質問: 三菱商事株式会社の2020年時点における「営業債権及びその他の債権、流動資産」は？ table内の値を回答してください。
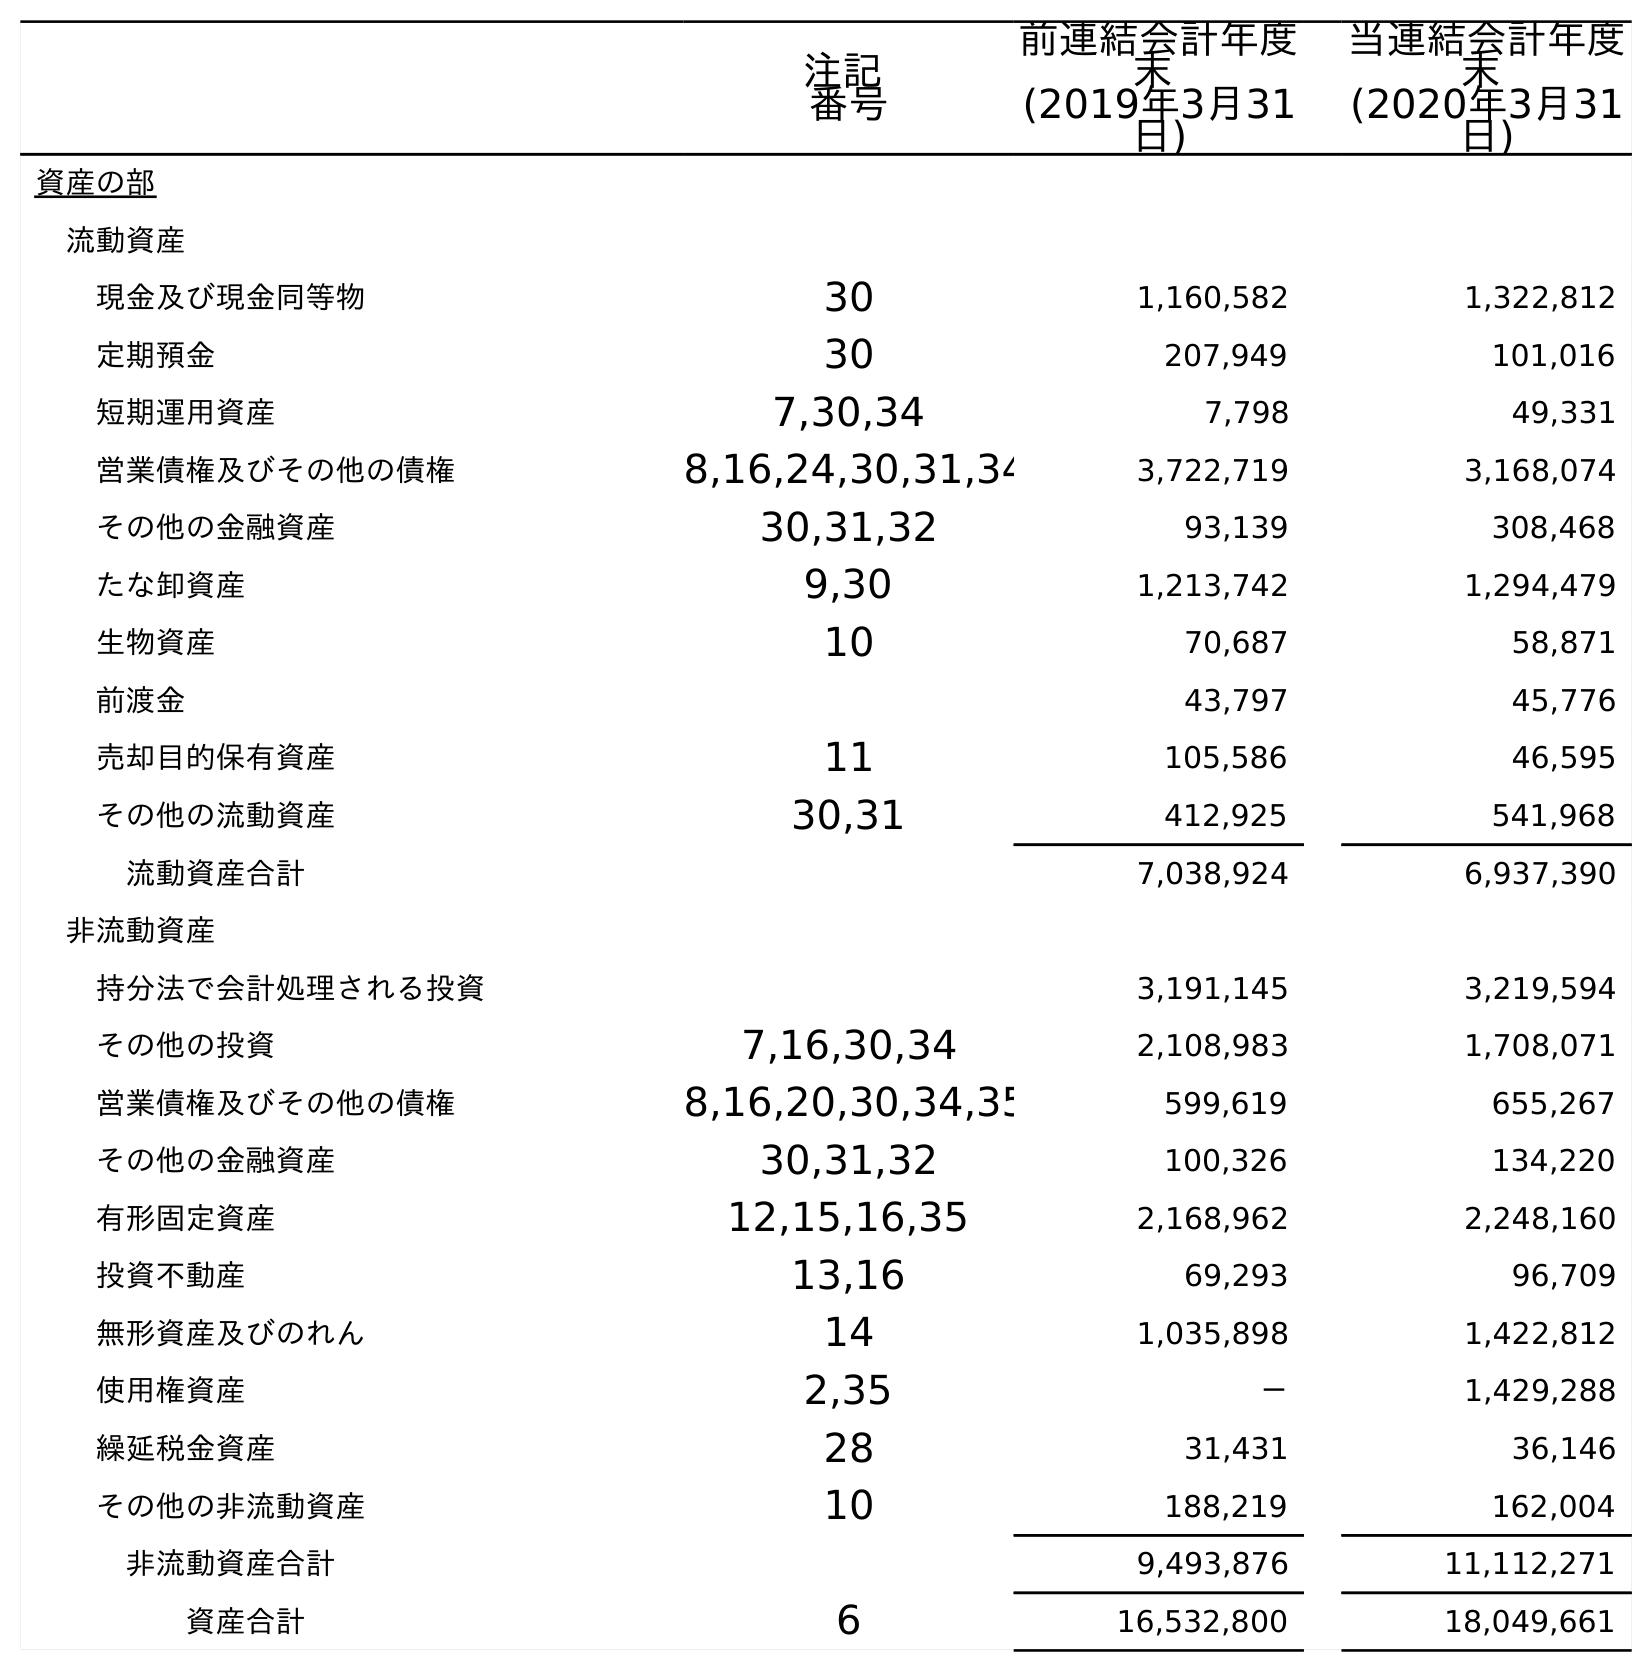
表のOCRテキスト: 注記 番号 前連結会計年度 末 (2019年3月31 日) 当連結会計年度 末 (2020年3月31 日) 資産の部 流動資産 現金及び現金同等物 30 1,160,582 1,322,812 定期預金 30 207,949 101,016 短期運用資産 7,30,34 7,798 49,331 営業債権及びその他の債権 8,16,24,30,31,34 3,722,719 3,168,074 その他の金融資産 30,31,32 93,139 308,468 たな卸資産 9,30 1,213,742 1,294,479 生物資産 10 70,687 58,871 前渡金 43,797 45,776 売却目的保有資産 11 105,586 46,595 その他の流動資産 30,31 412,925 541,968 流動資産合計 7,038,924 6,937,390 非流動資産 持分法で会計処理される投資 3,191,145 3,219,594 その他の投資 7,16,30,34 2,108,983 1,708,071 営業債権及びその他の債権 8,16,20,30,34,35 599,619 655,267 その他の金融資産 30,31,32 100,326 134,220 有形固定資産 12,15,16,35 2,168,962 2,248,160 投資不動産 13,16 69,293 96,709 無形資産及びのれん 14 1,035,898 1,422,812 使用権資産 2,35 － 1,429,288 繰延税金資産 28 31,431 36,146 その他の非流動資産 10 188,219 162,004 非流動資産合計 9,493,876 11,112,271 資産合計 6 16,532,800 18,049,661
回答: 3,168,074